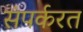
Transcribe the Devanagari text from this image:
संपर्करत